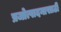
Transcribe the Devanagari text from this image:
प्रजोत्पादनासाठी